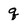
Character: q